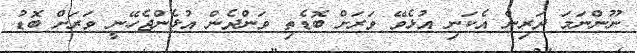
ނޫންނަމަ ދަރިން އެކަނި އުޅެވޭ ވަރަށް ބޮޑެތި ވަންދެން އުޅެންޖެހޭނީ ވަރަށް ބޮޑު